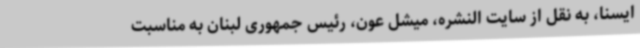
ایسنا، به نقل از سایت النشره، میشل عون، رئیس جمهوری لبنان به مناسبت